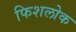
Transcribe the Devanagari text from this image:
फिशलोक